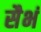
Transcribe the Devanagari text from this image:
सैभं